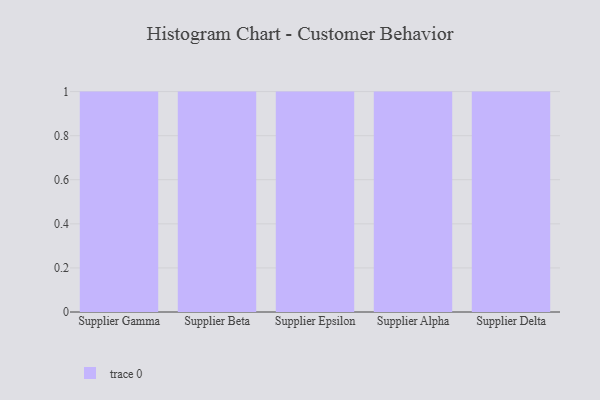
{"axis": {"x": "Supplier", "y": "Net Income (USD K)"}, "legend": [""], "data": [{"x": "Supplier Gamma", "y": 67, "type": ""}, {"x": "Supplier Beta", "y": 20, "type": ""}, {"x": "Supplier Epsilon", "y": 21, "type": ""}, {"x": "Supplier Alpha", "y": 11, "type": ""}, {"x": "Supplier Delta", "y": 30, "type": ""}]}